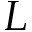
L